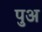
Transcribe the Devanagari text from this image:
पुअ